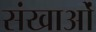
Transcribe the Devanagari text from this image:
संखाओं